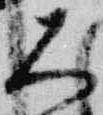
大